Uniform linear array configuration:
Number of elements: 48
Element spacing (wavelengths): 0.75
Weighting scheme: hann
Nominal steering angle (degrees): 45
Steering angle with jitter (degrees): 44.257
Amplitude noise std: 0.05
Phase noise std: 0.05

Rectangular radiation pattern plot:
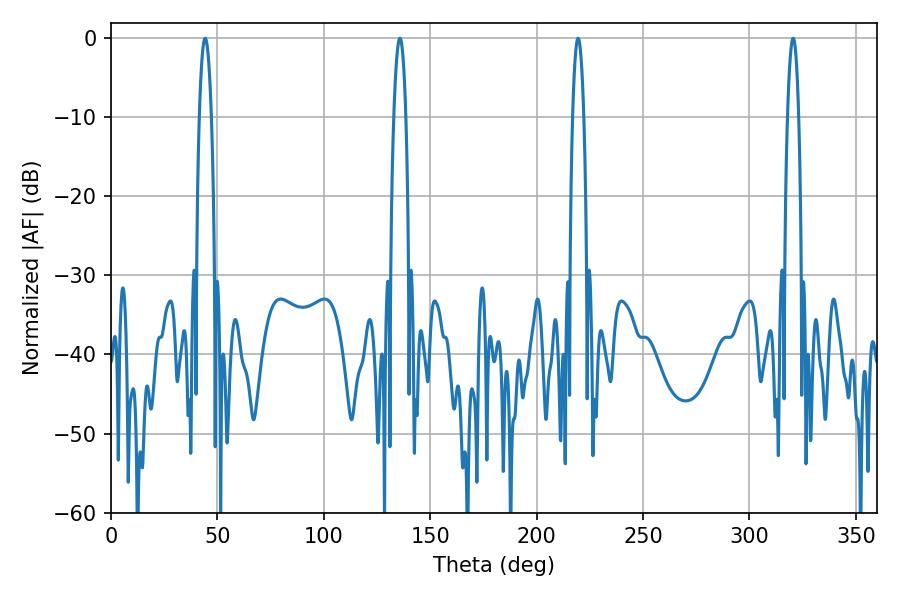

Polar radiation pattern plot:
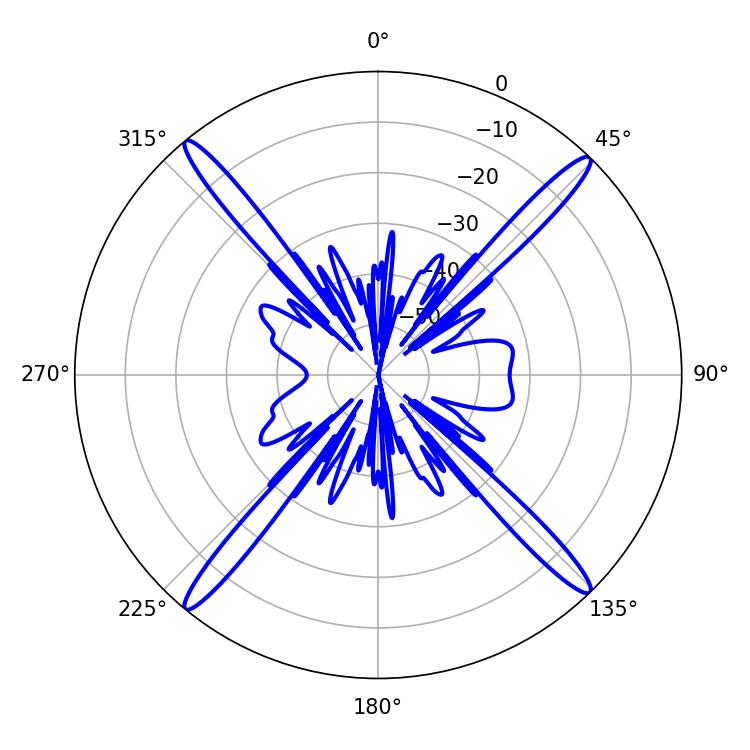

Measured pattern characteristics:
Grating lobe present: TRUE
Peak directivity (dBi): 21.885
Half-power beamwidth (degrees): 3.06
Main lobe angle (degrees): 44.28